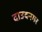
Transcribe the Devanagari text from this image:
दाउदनगर